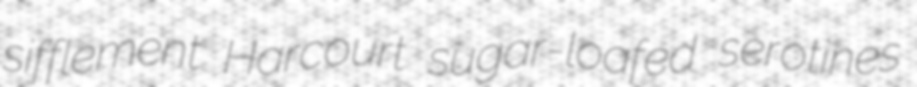
sifflement Harcourt sugar-loafed serotines